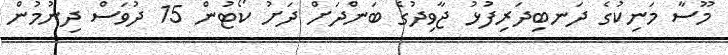
މޫސާ މަނިކުގެ ދަނބިދަރިފުޅު ޖާވިދުގެ ބަންދަށް ދަށު ކޯޓުން 15 ދުވަސް ދިނުމުން